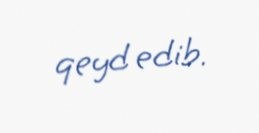
qeyd edib.